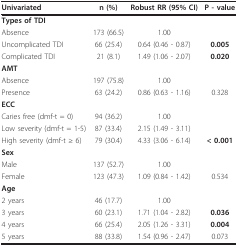
<table><thead><tr><td><b>Univariated</b></td><td><b>n (%)</b></td><td><b>Robust RR (95% CI)</b></td><td><b>P - value</b></td></tr></thead><tbody><tr><td><b>Types of TDI</b></td><td></td><td></td><td></td></tr><tr><td>Absence</td><td>173 (66.5)</td><td>1.00</td><td></td></tr><tr><td>Uncomplicated TDI</td><td>66 (25.4)</td><td>0.64 (0.46 - 0.87)</td><td><b>0.005</b></td></tr><tr><td>Complicated TDI</td><td>21 (8.1)</td><td>1.49 (1.06 - 2.07)</td><td><b>0.020</b></td></tr><tr><td><b>AMT</b></td><td></td><td></td><td></td></tr><tr><td>Absence</td><td>197 (75.8)</td><td>1.00</td><td></td></tr><tr><td>Presence</td><td>63 (24.2)</td><td>0.86 (0.63 - 1.16)</td><td>0.328</td></tr><tr><td><b>ECC</b></td><td></td><td></td><td></td></tr><tr><td>Caries free (dmf-t = 0)</td><td>94 (36.2)</td><td>1.00</td><td></td></tr><tr><td>Low severity (dmf-t = 1-5)</td><td>87 (33.4)</td><td>2.15 (1.49 - 3.11)</td><td></td></tr><tr><td>High severity (dmf-t ≥ 6)</td><td>79 (30.4)</td><td>4.33 (3.06 - 6.14)</td><td><b>&lt; 0.001</b></td></tr><tr><td><b>Sex</b></td><td></td><td></td><td></td></tr><tr><td>Male</td><td>137 (52.7)</td><td>1.00</td><td></td></tr><tr><td>Female</td><td>123 (47.3)</td><td>1.09 (0.84 - 1.42)</td><td>0.534</td></tr><tr><td><b>Age</b></td><td></td><td></td><td></td></tr><tr><td>2 years</td><td>46 (17.7)</td><td>1.00</td><td></td></tr><tr><td>3 years</td><td>60 (23.1)</td><td>1.71 (1.04 - 2.82)</td><td><b>0.036</b></td></tr><tr><td>4 years</td><td>66 (25.4)</td><td>2.05 (1.26 - 3.31)</td><td><b>0.004</b></td></tr><tr><td>5 years</td><td>88 (33.8)</td><td>1.54 (0.96 - 2.47)</td><td>0.073</td></tr></tbody></table>